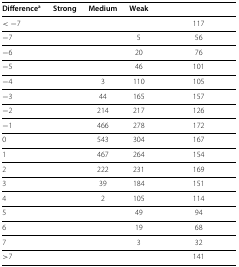
<table><thead><tr><td><b>Difference<sup>a</sup></b></td><td><b>Strong</b></td><td><b>Medium</b></td><td><b>Weak</b></td><td>[EMPTY_CELL]</td></tr></thead><tbody><tr><td>&lt;−7</td><td>[EMPTY_CELL]</td><td>[EMPTY_CELL]</td><td>[EMPTY_CELL]</td><td>117</td></tr><tr><td>−7</td><td>[EMPTY_CELL]</td><td>[EMPTY_CELL]</td><td>5</td><td>56</td></tr><tr><td>−6</td><td>[EMPTY_CELL]</td><td>[EMPTY_CELL]</td><td>20</td><td>76</td></tr><tr><td>−5</td><td>[EMPTY_CELL]</td><td>[EMPTY_CELL]</td><td>46</td><td>101</td></tr><tr><td>−4</td><td>[EMPTY_CELL]</td><td>3</td><td>110</td><td>105</td></tr><tr><td>−3</td><td>[EMPTY_CELL]</td><td>44</td><td>165</td><td>157</td></tr><tr><td>−2</td><td>[EMPTY_CELL]</td><td>214</td><td>217</td><td>126</td></tr><tr><td>−1</td><td>[EMPTY_CELL]</td><td>466</td><td>278</td><td>172</td></tr><tr><td>0</td><td>[EMPTY_CELL]</td><td>543</td><td>304</td><td>167</td></tr><tr><td>1</td><td>[EMPTY_CELL]</td><td>467</td><td>264</td><td>154</td></tr><tr><td>2</td><td>[EMPTY_CELL]</td><td>222</td><td>231</td><td>169</td></tr><tr><td>3</td><td>[EMPTY_CELL]</td><td>39</td><td>184</td><td>151</td></tr><tr><td>4</td><td>[EMPTY_CELL]</td><td>2</td><td>105</td><td>114</td></tr><tr><td>5</td><td>[EMPTY_CELL]</td><td>[EMPTY_CELL]</td><td>49</td><td>94</td></tr><tr><td>6</td><td>[EMPTY_CELL]</td><td>[EMPTY_CELL]</td><td>19</td><td>68</td></tr><tr><td>7</td><td>[EMPTY_CELL]</td><td>[EMPTY_CELL]</td><td>3</td><td>32</td></tr><tr><td>&gt;7</td><td>[EMPTY_CELL]</td><td>[EMPTY_CELL]</td><td>[EMPTY_CELL]</td><td>141</td></tr></tbody></table>